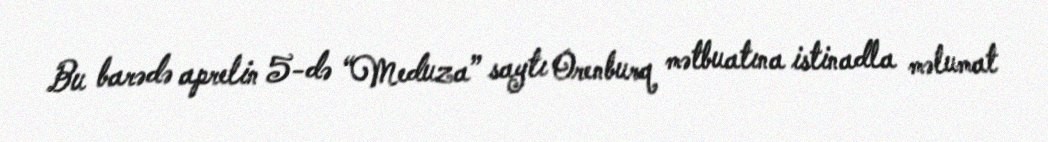
Bu barədə aprelin 5-də “Meduza” saytı Orenburq mətbuatına istinadla məlumat